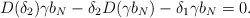
\begin{align*}D(\delta_2) \gamma b_N - \delta_2 D(\gamma b_N) - \delta_1 \gamma b_N = 0.\end{align*}